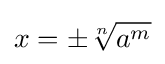
x=\pm {\sqrt[{n}]{a^{m}}}